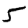
Digit: 5